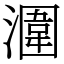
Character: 潿